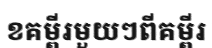
ខគម្ពីរមួយៗពីគម្ពីរ